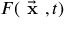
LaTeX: F ( { \vec { \textbf { x } } } , t )